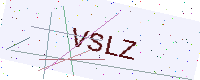
Text: VSLZ